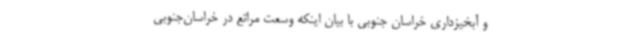
و آبخیزداری خراسان جنوبی با بیان اینکه وسعت مراتع در خراسان‌جنوبی